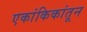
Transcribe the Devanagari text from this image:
एकांकिकांतून